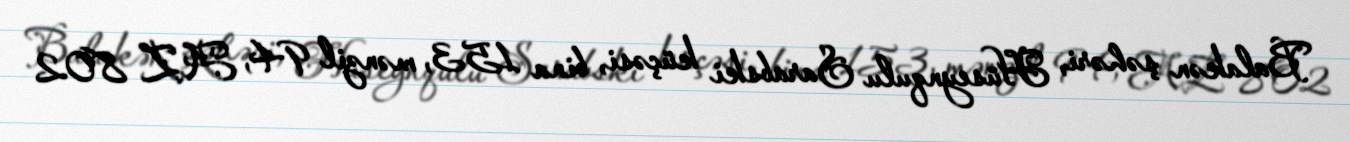
Balakən şəhəri, Hüseynqulu Sarabski küçəsi, bina 153, mənzil 94, AZ 802